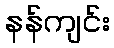
နန်ကျင်း